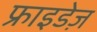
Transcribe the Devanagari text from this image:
फ्राइडेज़